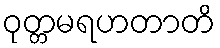
ဝုတ္တမရဟတာတိ